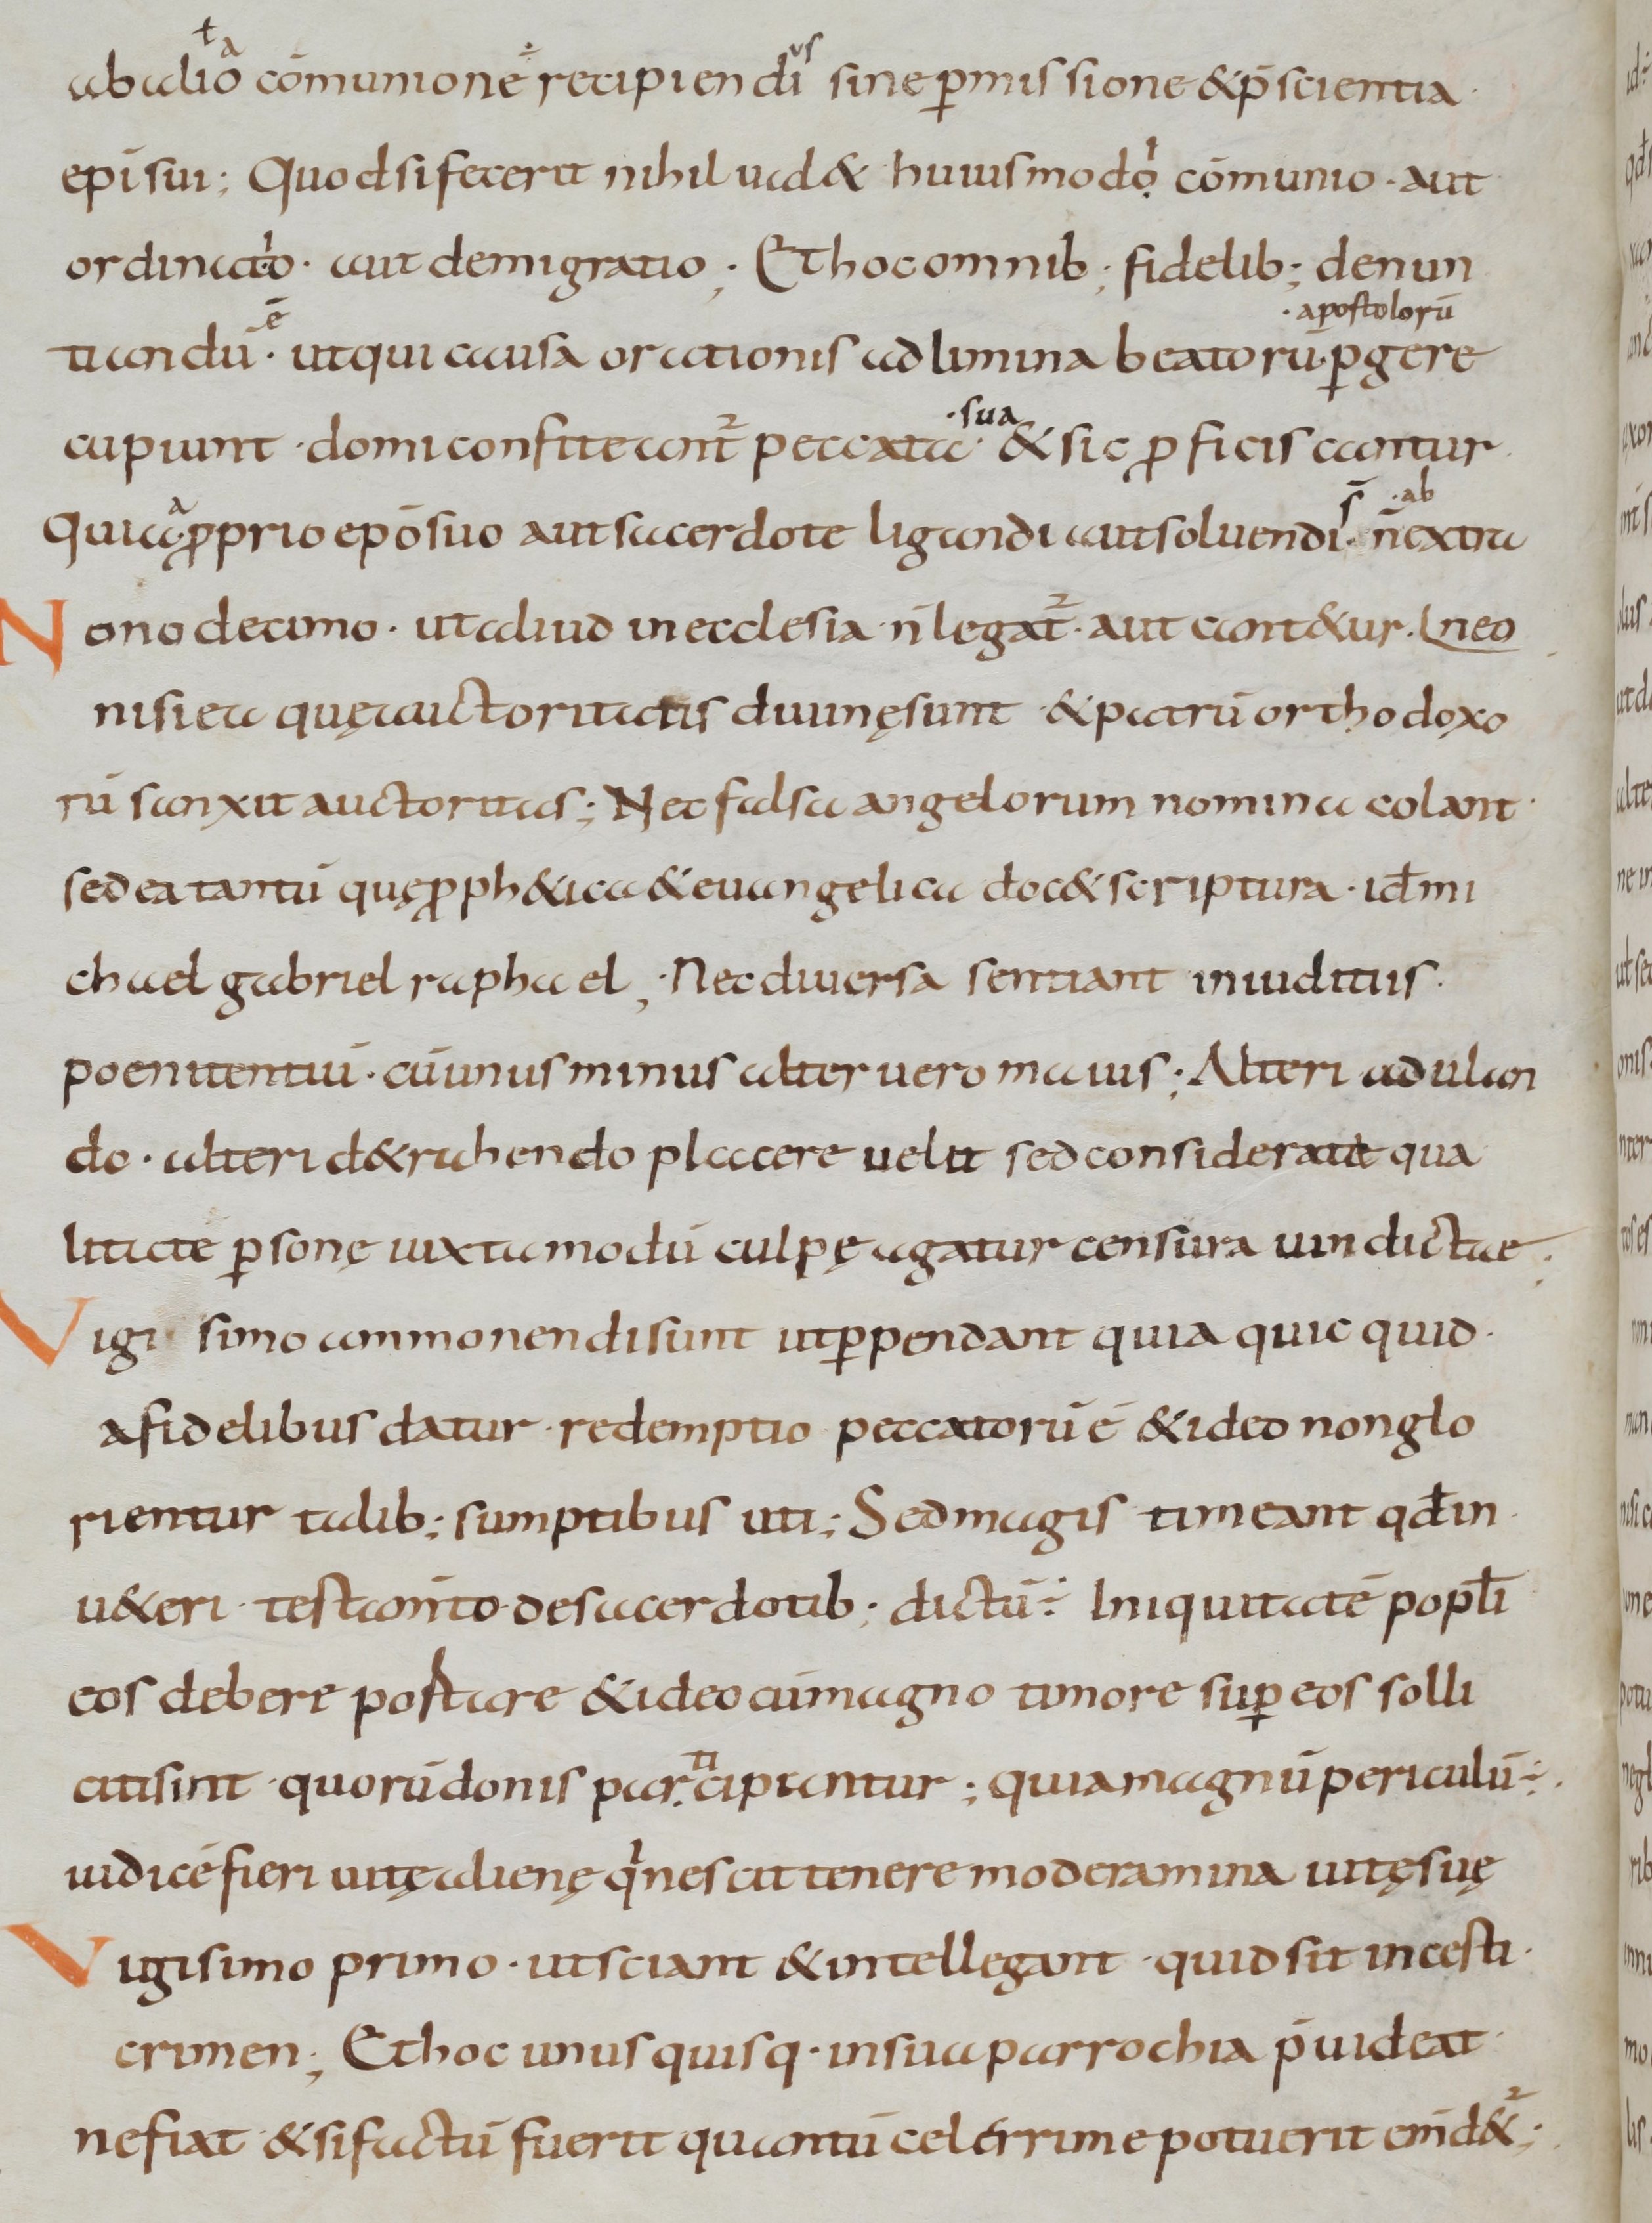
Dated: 900–999